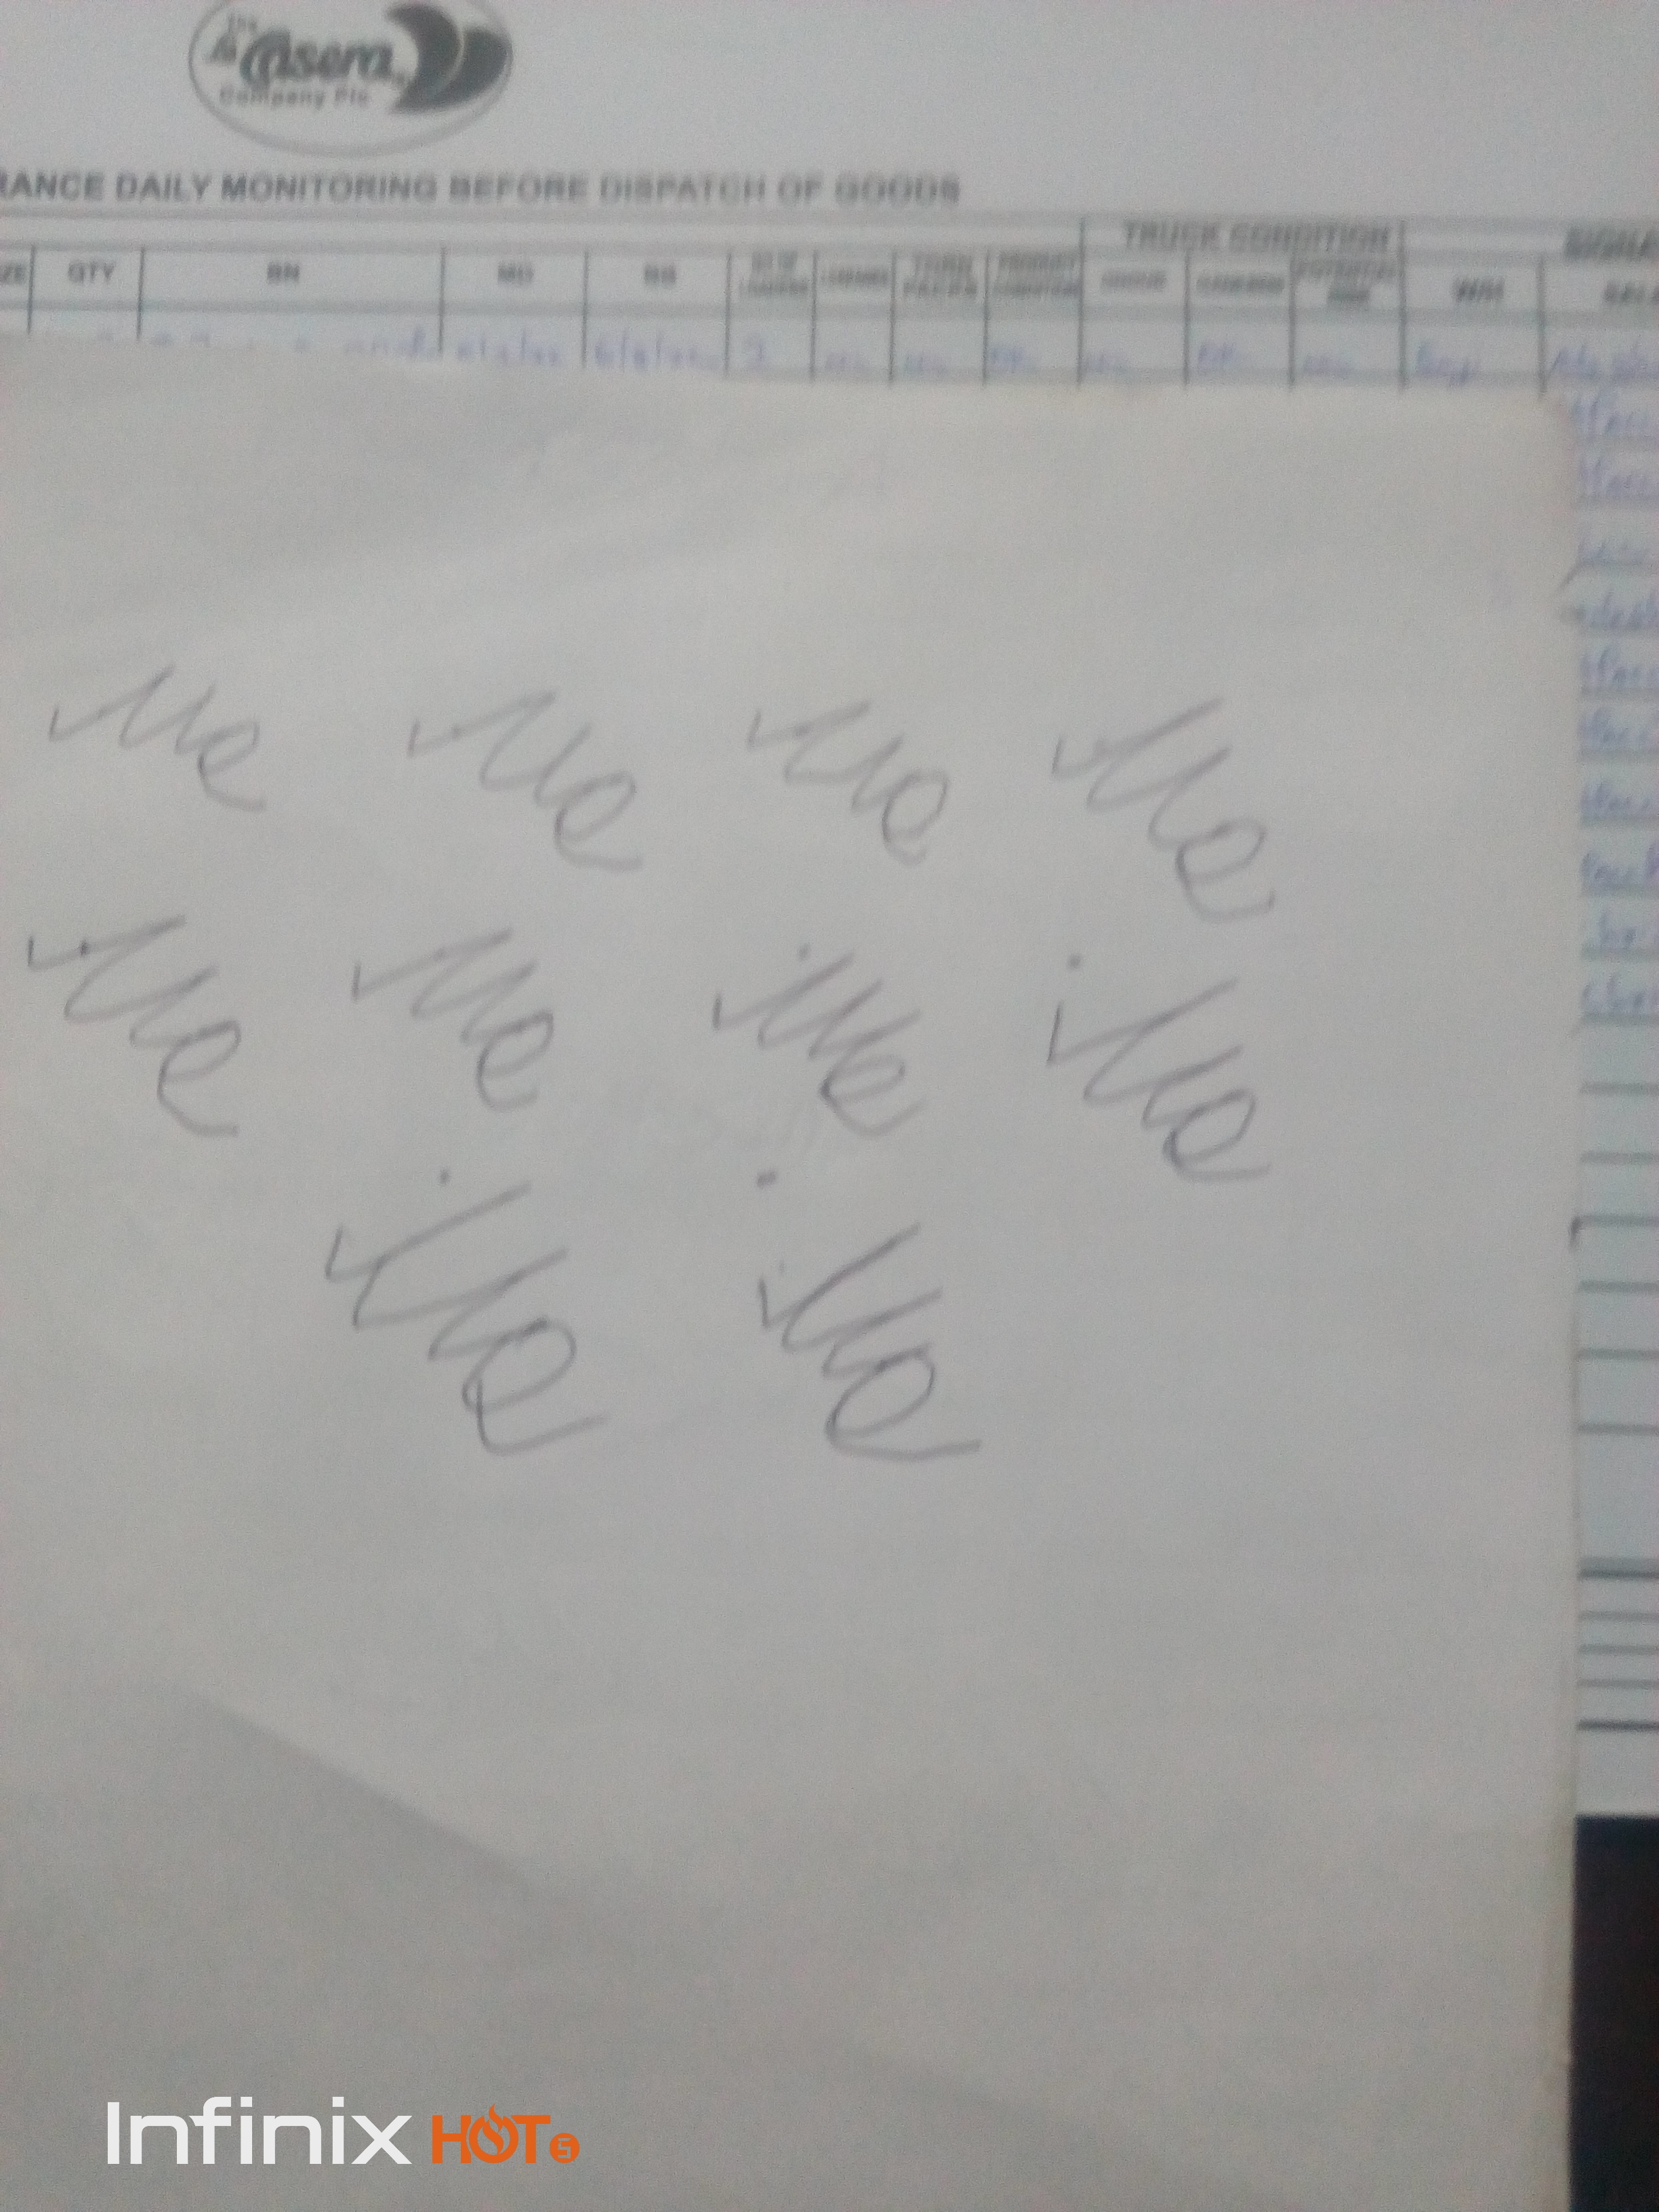
Signature authenticity: forged